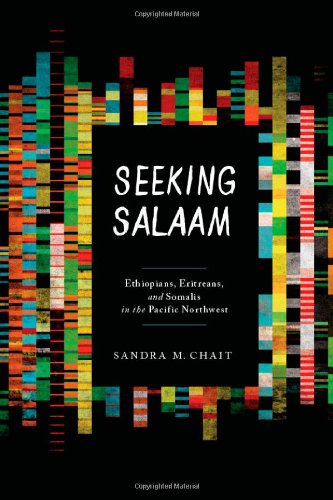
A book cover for Seeking Salaam: Ethiopians, Eritreans, and Somalis in the Pacific Northwest (Samuel and Althea Stroum Books); Sandra Chait; History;